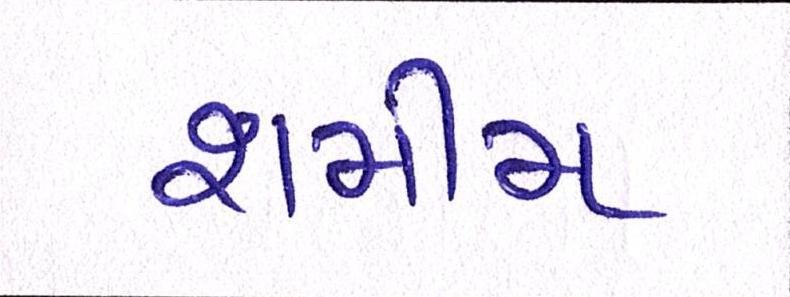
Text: શમીમ